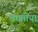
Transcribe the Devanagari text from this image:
बघतीया